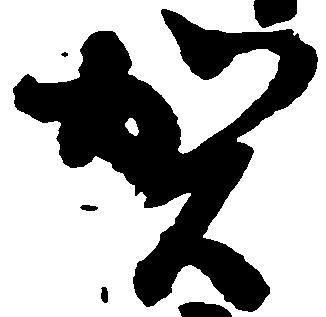
賀